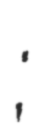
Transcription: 雁栖地区;